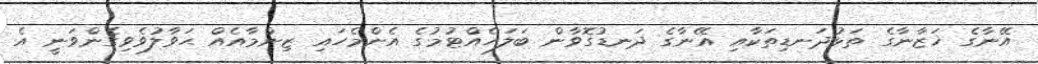
އޭނާގެ ޚަޒާނާގެ ތަޅުދަނޑިތަކާއި އޭނާގެ ދަނޑުގޮވާން ބަލަހެއްޓުމުގެ އެންމެހައި ޒިންމާއެއް ޙަވާލުވެވިގެންވަނީ އެ